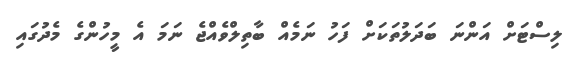
ލިސްޓަށް އަންނަ ބަދަލުތަކަށް ފަހު ނަމެއް ބާތިލްވެއްޖެ ނަމަ އެ މީހުންގެ މެދުގައި